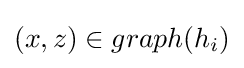
(x,z)\in graph(h_{i})